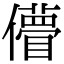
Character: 𠐧